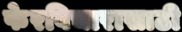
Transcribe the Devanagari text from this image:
फेरविचारासाठी